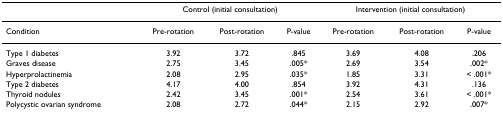
<table><thead><tr><td></td><td colspan="3"><b>Control (initial consultation)</b></td><td colspan="3"><b>Intervention (initial consultation)</b></td></tr></thead><tbody><tr><td>Condition</td><td>Pre-rotation</td><td>Post-rotation</td><td>P-value</td><td>Pre-rotation</td><td>Post-rotation</td><td>P-value</td></tr><tr><td>Type 1 diabetes</td><td>3.92</td><td>3.72</td><td>.845</td><td>3.69</td><td>4.08</td><td>.206</td></tr><tr><td>Graves disease</td><td>2.75</td><td>3.45</td><td>.005*</td><td>2.69</td><td>3.54</td><td>.002*</td></tr><tr><td>Hyperprolactinemia</td><td>2.08</td><td>2.95</td><td>.035*</td><td>1.85</td><td>3.31</td><td>&lt; .001*</td></tr><tr><td>Type 2 diabetes</td><td>4.17</td><td>4.00</td><td>.854</td><td>3.92</td><td>4.31</td><td>.136</td></tr><tr><td>Thyroid nodules</td><td>2.42</td><td>3.45</td><td>.001*</td><td>2.54</td><td>3.61</td><td>&lt; .001*</td></tr><tr><td>Polycystic ovarian syndrome</td><td>2.08</td><td>2.72</td><td>.044*</td><td>2.15</td><td>2.92</td><td>.007*</td></tr></tbody></table>